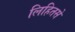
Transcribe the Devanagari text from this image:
लिहितसे